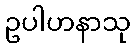
ဥပါဟနာသု